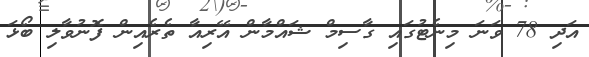
އަދި 78 ވަނަ މިނެޓުގައި ގާސިމް ޝައްމާން އޭރިއާ ތެރެއިން ފޮނުވާލި ބޯޅަ